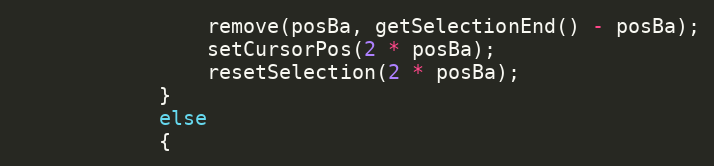
Language: C++
                remove(posBa, getSelectionEnd() - posBa);
                setCursorPos(2 * posBa);
                resetSelection(2 * posBa);
            }
            else
            {